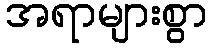
အရာများစွာ